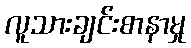
လူသားချင်းစာနာမှု